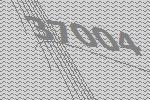
37004